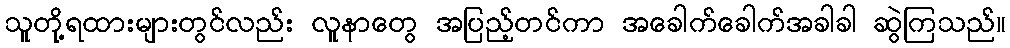
သူတို့ရထားများတွင်လည်း လူနာတွေ အပြည့်တင်ကာ အခေါက်ခေါက်အခါခါ ဆွဲကြသည်။